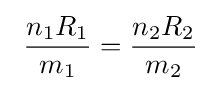
\ {\frac {n_{1}R_{1}}{m_{1}}}={\frac {n_{2}R_{2}}{m_{2}}}